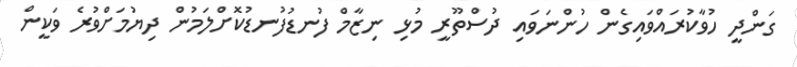
ގަންދީ ހުވާކުރައްވައިގެން ހުންނަވައި ދުސްތޫރީ މުޅި ނިޒާމް ފުނޑުފުނޑުކޮށްލަމުން ދިޔުމަށްވުރެ ވަކީން